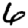
Digit: 6